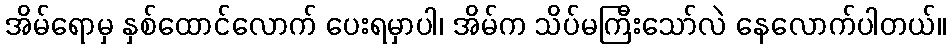
အိမ်ရောမှ နှစ်ထောင်လောက် ပေးရမှာပါ၊ အိမ်က သိပ်မကြီးသော်လဲ နေလောက်ပါတယ်။